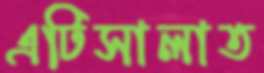
এটিসালাত